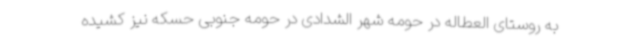
به روستای العطاله در حومه شهر الشدادی در حومه جنوبی حسکه نیز کشیده